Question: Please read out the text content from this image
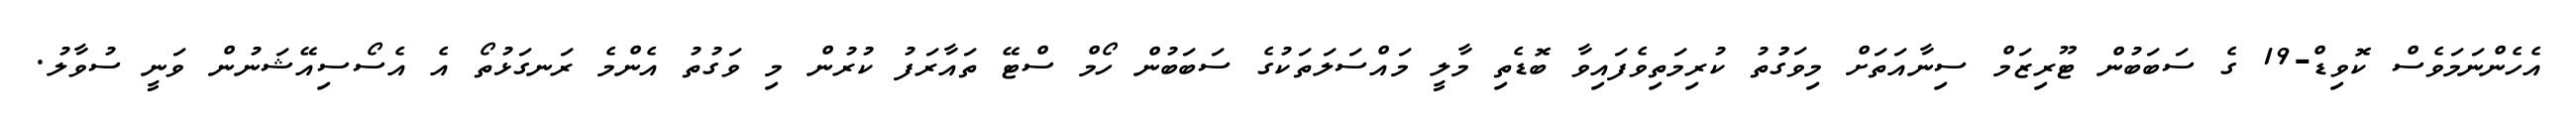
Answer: އެހެންނަމަވެސް ކޮވިޑް-19 ގެ ސަބަބުން ޓޫރިޒަމް ސިނާއަތަށް މިވަގުުތު ކުރިމަތިވެފައިވާ ބޮޑެތި މާލީ މައްސަލަތަކުގެ ސަބަބުން ހޯމް ސްޓޭ ތައާރަފު ކުރުން މި ވަގުތު އެންމެ ރަނގަޅުތޯ އެ އެސޯސިއޭޝަނުން ވަނީ ސުވާލު.